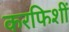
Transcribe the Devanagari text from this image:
करफिशीं